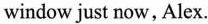
window just now, Alex.